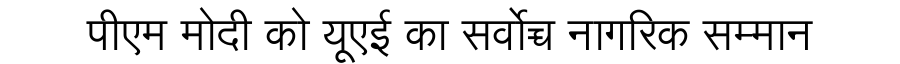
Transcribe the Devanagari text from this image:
पीएम मोदी को यूएई का सर्वोच्च नागरिक सम्मान